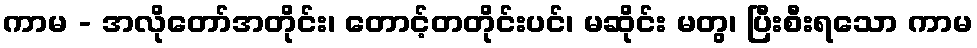
ကာမ - အလိုတော်အတိုင်း၊ တောင့်တတိုင်းပင်၊ မဆိုင်း မတွ၊ ပြီးစီးရသော ကာမ